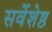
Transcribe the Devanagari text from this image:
सर्वेशेष्ठ